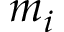
m _ { i }